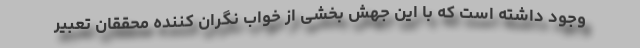
وجود داشته است که با این جهش بخشی از خواب نگران کننده محققان تعبیر